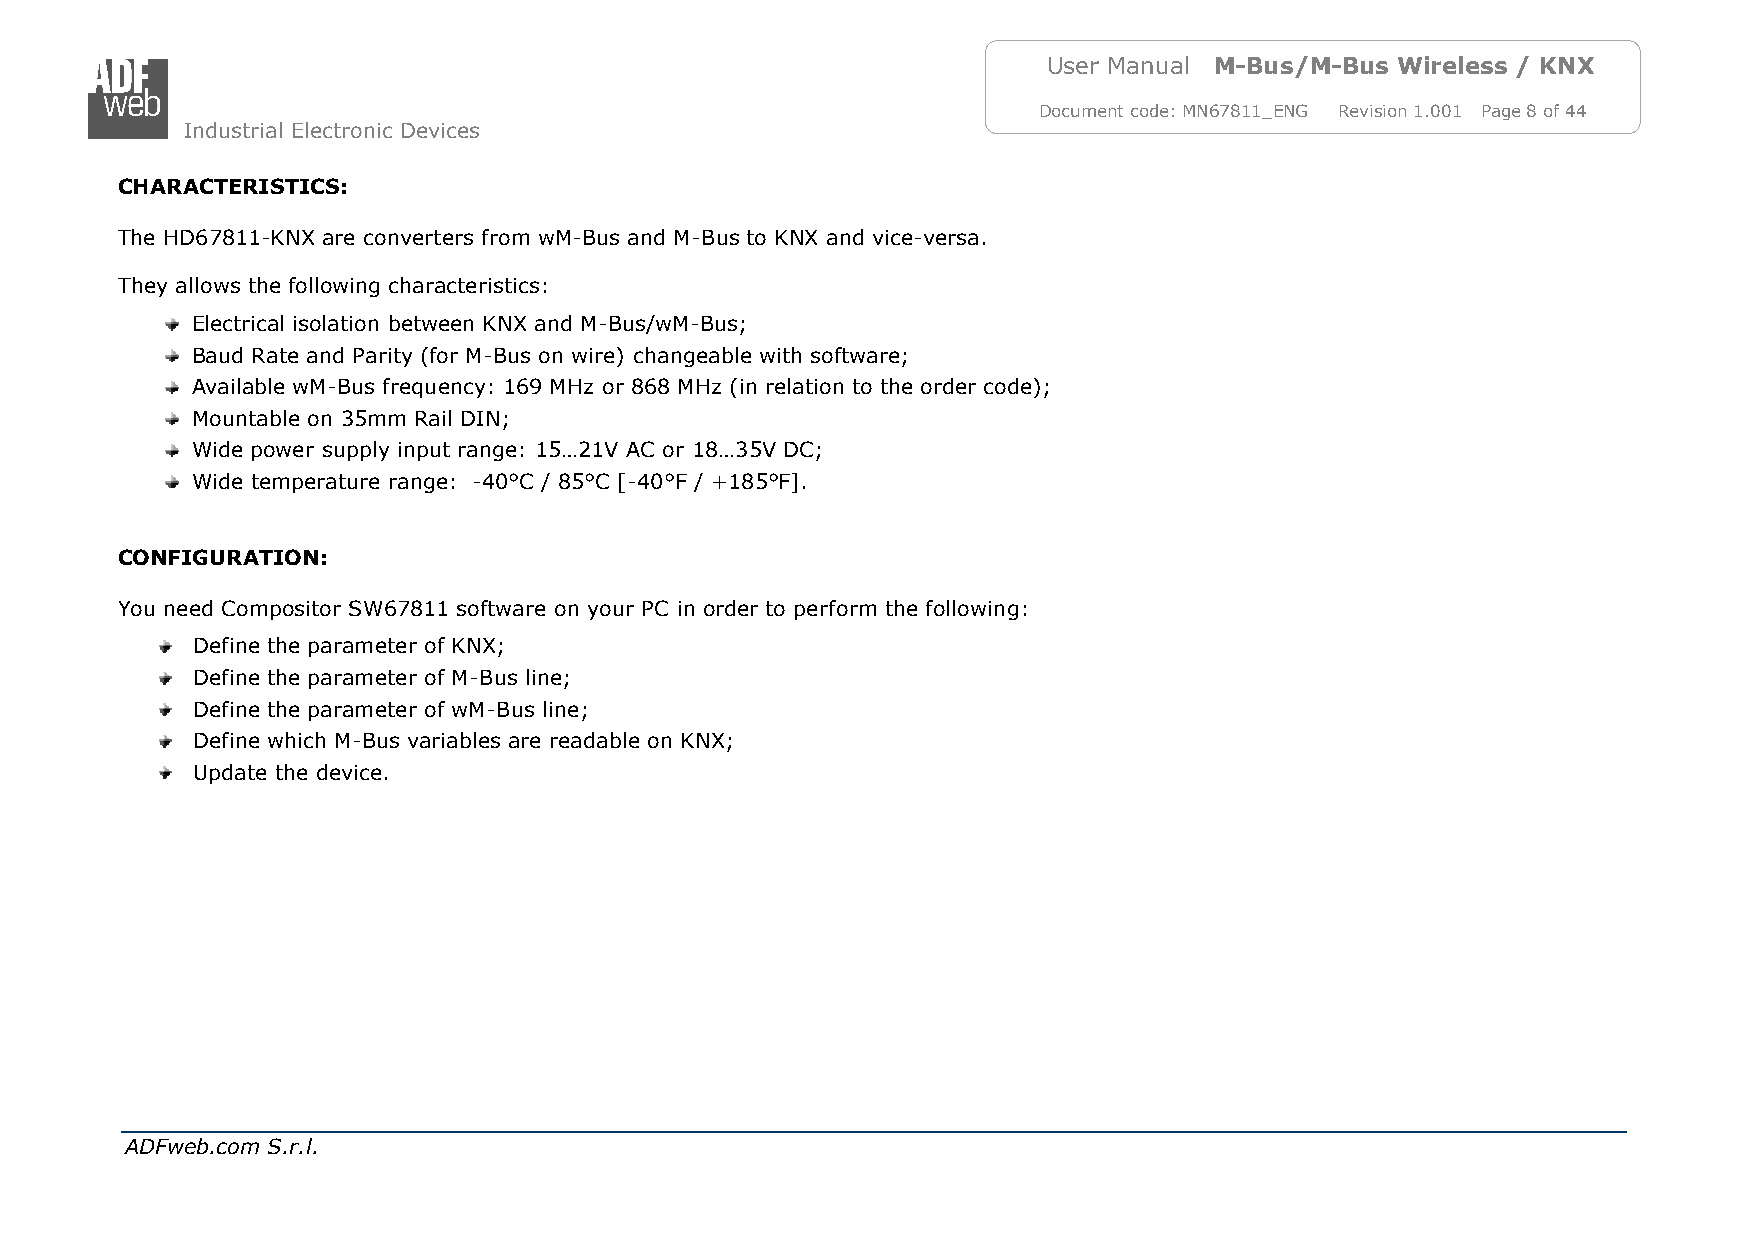
User Manual M-Bus/M-Bus Wireless / KNX
 Document code: MN67811_ENG Revision 1.001 Page 8 of 44
 Industrial Electronic Devices
 CHARACTERISTICS:
 The HD67811-KNX are converters from wM-Bus and M-Bus to KNX and vice-versa.
 They allows the following characteristics:
 Electrical isolation between KNX and M-Bus/wM-Bus;
 Baud Rate and Parity (for M-Bus on wire) changeable with software;
 Available wM-Bus frequency: 169 MHz or 868 MHz (in relation to the order code);
 Mountable on 35mm Rail DIN;
 Wide power supply input range: 15…21V AC or 18…35V DC;
 Wide temperature range: -40°C / 85°C [-40°F / +185°F].
 CONFIGURATION:
 You need Compositor SW67811 software on your PC in order to perform the following:
 Define the parameter of KNX;
 Define the parameter of M-Bus line;
 Define the parameter of wM-Bus line;
 Define which M-Bus variables are readable on KNX;
 Update the device.
 ADFweb.com S.r.l.